Vaccination in Burma 1889-1999 - 1889-1999
Year: 1889
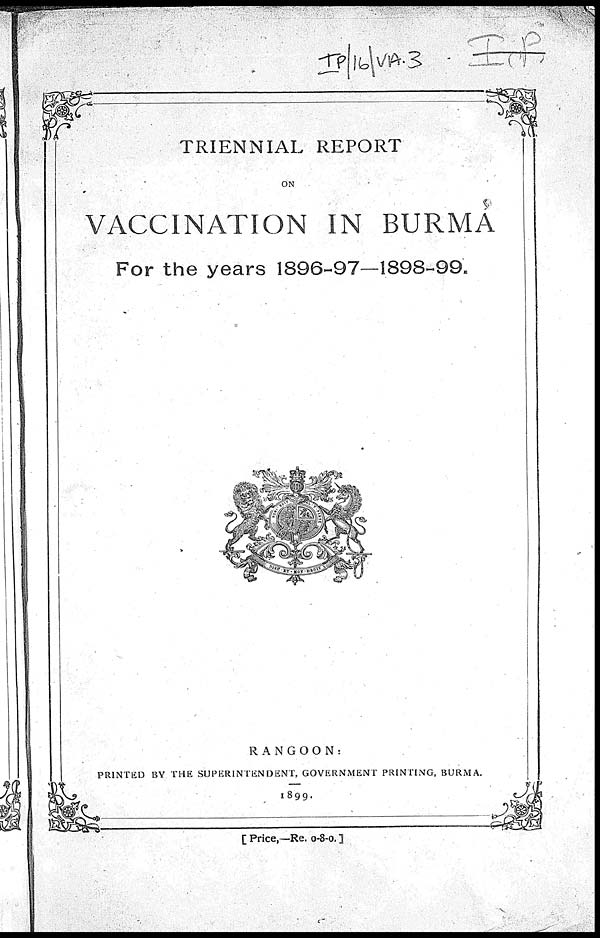
TRIENNIAL REPORT
ON
VACCINATION IN BURMA
For the years 1896-97—1898-99.
RANGOON:
PRINTED BY THE SUPERINTENDENT, GOVERNMENT PRINTING, BURMA.
1899.
[ Price,—Re. 0-8-0. ]